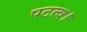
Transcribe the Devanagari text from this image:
पटत्व।